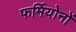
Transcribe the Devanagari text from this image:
फर्मियोनों